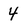
Character: 4